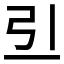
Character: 𠀓